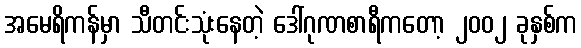
အမေရိကန်မှာ သီတင်းသုံးနေတဲ့ ဒေါ်ဂုဏစာရီကတော့ ၂၀၀၂ ခုနှစ်က